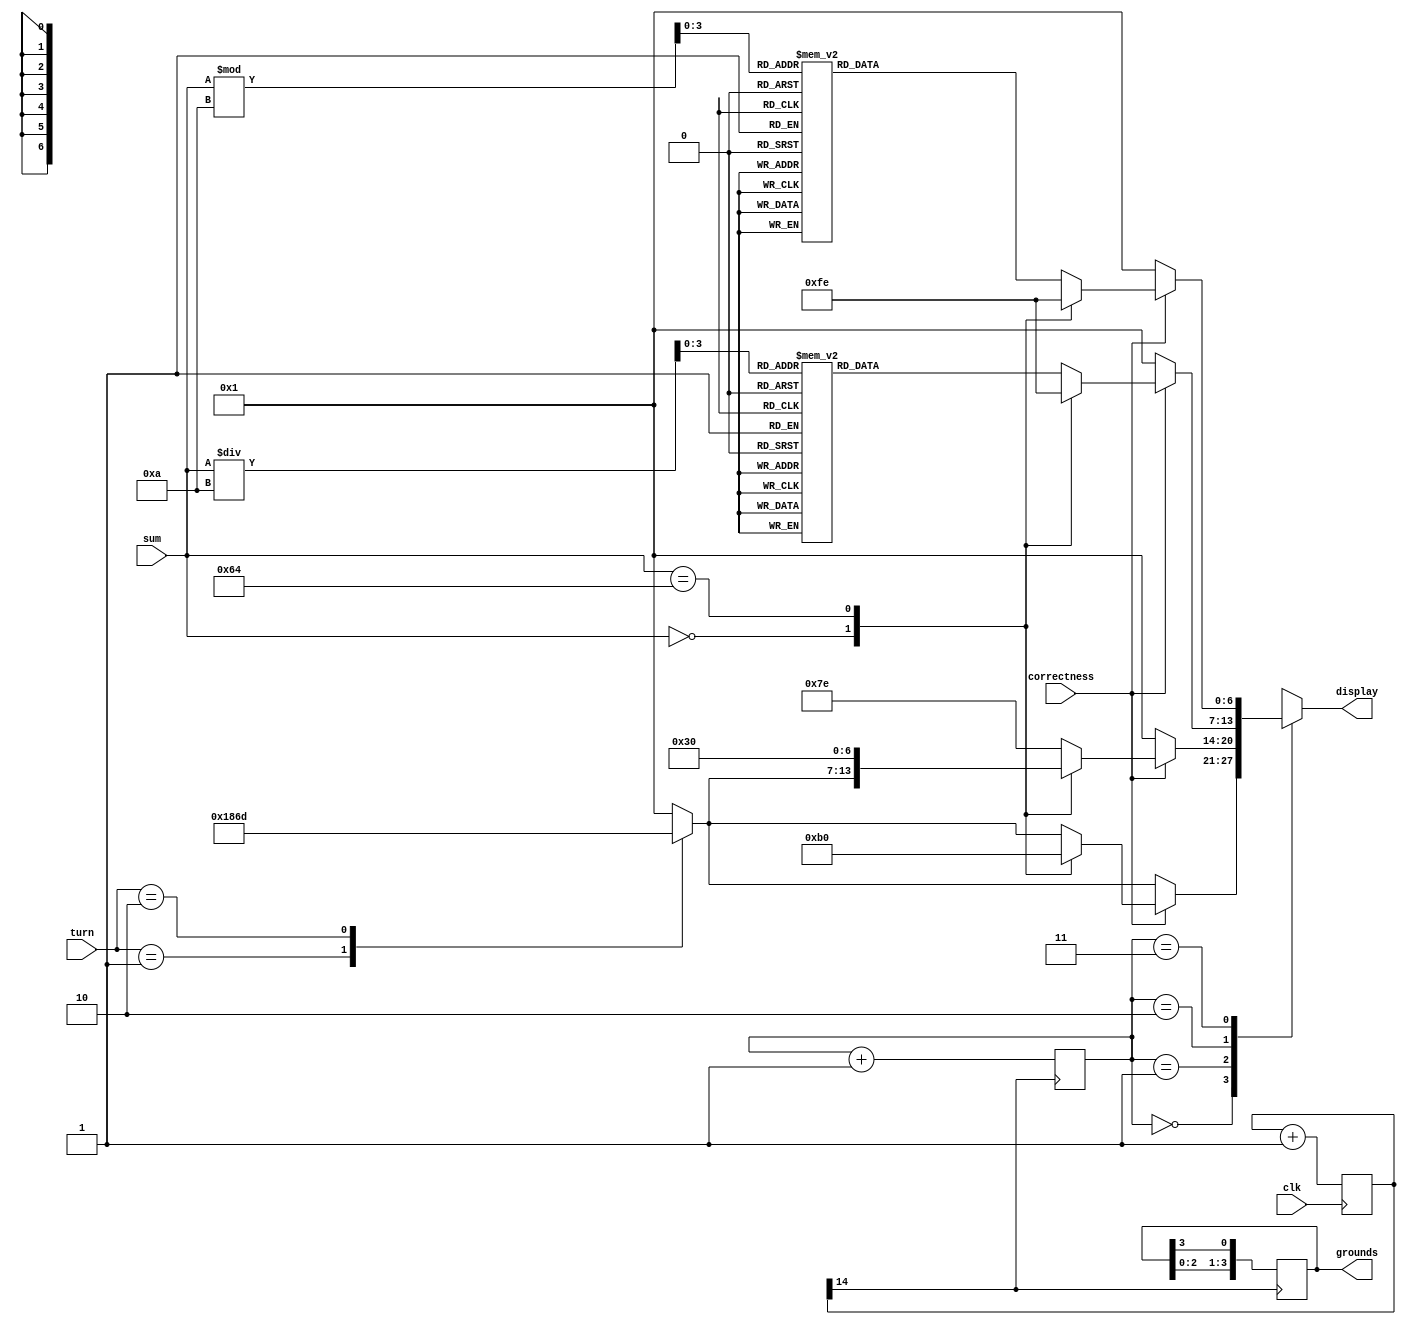
module show_ssegment( clk, grounds, display, turn, sum, correctness );
input clk;
input correctness;
output reg [3:0] grounds;
output reg [6:0] display;
input wire [3:0] turn;
input wire [7:0] sum;
 
reg [3:0] data1;
reg [3:0] data2;
reg [6:0] display1;
reg [6:0] display2;
reg [6:0] display3;
reg [6:0] display4;
reg [25:0] clk1;
reg [1:0] count;

always @(posedge clk)
	begin
		clk1 <= clk1 + 1;
	end

always @(posedge clk1[14])
	begin
		count <=count+1;
		grounds <= {grounds[2:0],grounds[3]};
	end

always @(*)
	begin
		case(count)
			0: display = display1;
			1: display = display2;
			2: display = display3;
			3: display = display4;
			default : display = display;
		endcase
	end

	
always @*
	begin
		if (correctness ==1)
			begin
				case(sum)
				0:
					begin
						display1=7'b0000001; //-
						case (turn) //1 or 2
							1:display2=7'b0110000; 
							2:display2=7'b1101101;
							default display2=7'b0000001;
						endcase
						display3=7'b0000001; //-
						display4=7'b0000001; //-
					end
					
				100: 
					begin
						display1=7'b0110000; //Turn 1
						display2=7'b0110000; //1
						display3=7'b1111110; //0
						display4=7'b1111110; //0
					end
		
				default: 
					begin
						data1 = sum / 10;
						data2 = sum % 10;
						case (turn) //1 or 2
							1:display1=7'b0110000; 
							2:display1=7'b1101101;
							default display1=7'b0000001;
						endcase
						display2=7'b1111110; //0
						
						case(data1)
							0:display3=7'b1111110; 
							1:display3=7'b0110000;
							2:display3=7'b1101101;
							3:display3=7'b1111001;
							4:display3=7'b0110011;
							5:display3=7'b1011011;
							6:display3=7'b1011111;
							7:display3=7'b1110000;
							8:display3=7'b1111111;
							9:display3=7'b1111011;
							default display3=7'b1111111;
						endcase
						case(data2)
							0:display4=7'b1111110; 
							1:display4=7'b0110000;
							2:display4=7'b1101101;
							3:display4=7'b1111001;
							4:display4=7'b0110011;
							5:display4=7'b1011011;
							6:display4=7'b1011111;
							7:display4=7'b1110000;
							8:display4=7'b1111111;
							9:display4=7'b1111011;
							default display4=7'b1111111;
						endcase
					end
			endcase
			end
		else
			begin
				case (turn) //1 or 2
					1:display1=7'b0110000; 
					2:display1=7'b1101101;
					default display1=7'b0000001;
				endcase
					display2=7'b0000001; //-
					display3=7'b0000001; //-
					display4=7'b0000001; //-
			end
	end
		
initial 
	begin
		grounds=4'b1110;
		display1=7'b0110000;
		display2=7'b0110000;
		display3=7'b1111110;
		display4=7'b1111110;
	end
endmodule